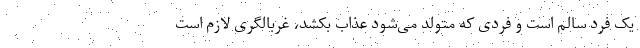
یک فرد سالم است و فردی که متولد می‌شود عذاب بکشد، غربالگری لازم است